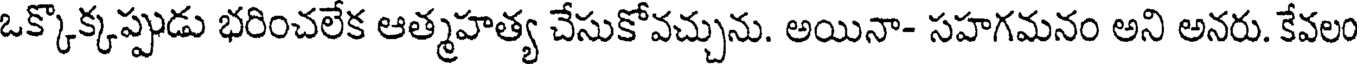
ఒక్కొక్కప్పుడు భరించలేక ఆత్మహత్య చేసుకోవచ్చును. అయినా- సహగమనం అని అనరు. కేవలం